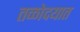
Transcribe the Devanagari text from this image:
तळोदयात